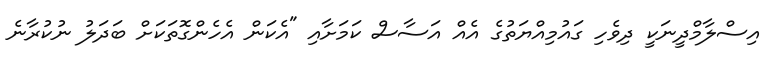
އިސްލާމްދީނަކީ ދިވެހި ގައުމިއްޔަތުގެ އެއް އަސާސް ކަމަށާއި "އެކަން އެހެންގޮތަކަށް ބަދަލު ނުކުރާނެ